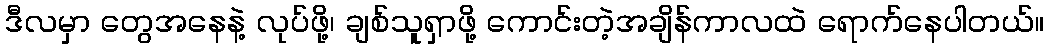
ဒီလမှာ တွေအနေနဲ့ လုပ်ဖို့၊ ချစ်သူရှာဖို့ ကောင်းတဲ့အချိန်ကာလထဲ ရောက်နေပါတယ်။